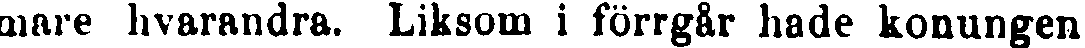
mare hvarandra. Liksom i förrgår hade konungen